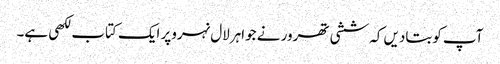
آپ کوبتادیں کہ ششی تھرور نے جواہرلال نہروپر ایک کتاب لکھی ہے۔